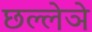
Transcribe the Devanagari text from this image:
छल्लेञे